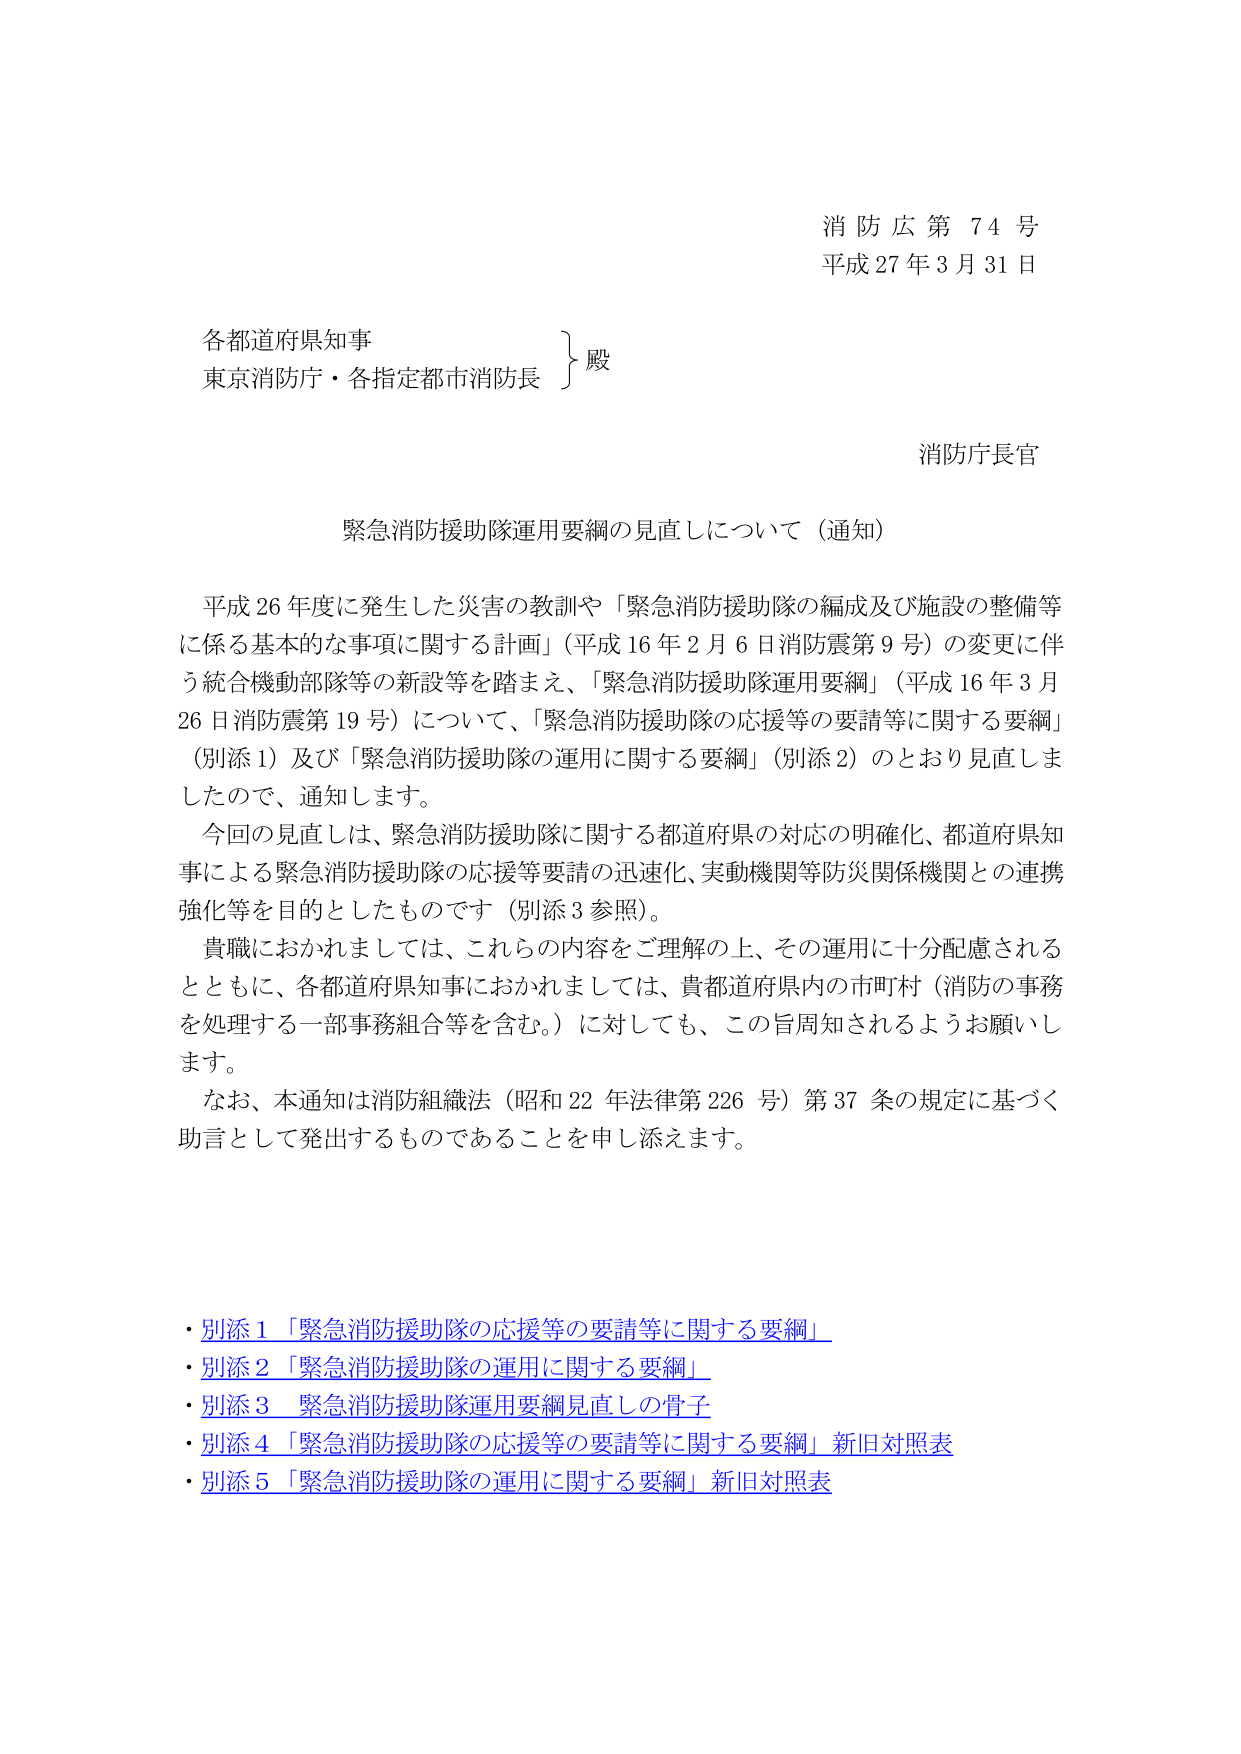
消防広第74号
平成27年3月31日

各都道府県知事
東京消防庁・各指定都市消防長
　　　　　　　　　　　　　　　　　　｝殿

消防庁長官

緊急消防援助隊運用要綱の見直しについて（通知）

平成26年度に発生した災害の教訓や「緊急消防援助隊の編成及び施設の整備等に係る基本的な事項に関する計画」（平成16年2月6日消防震第9号）の変更に伴う統合機動部隊等の新設等を踏まえ、「緊急消防援助隊運用要綱」（平成16年3月26日消防震第19号）について、「緊急消防援助隊の応援等の要請等に関する要綱」（別添1）及び「緊急消防援助隊の運用に関する要綱」（別添2）のとおり見直しましたので、通知します。

今回の見直しは、緊急消防援助隊に関する都道府県の対応の明確化、都道府県知事による緊急消防援助隊の応援等要請の迅速化、実動機関等防災関係機関との連携強化等を目的としたものです（別添3参照）。

貴職におかれましては、これらの内容をご理解の上、その運用に十分配慮されるとともに、各都道府県知事におかれましては、貴都道府県内の市町村（消防の事務を処理する一部事務組合等を含む。）に対しても、この旨周知されるようお願いします。

なお、本通知は消防組織法（昭和22年法律第226号）第37条の規定に基づく助言として発出するものであることを申し添えます。

・別添1「緊急消防援助隊の応援等の要請等に関する要綱」
・別添2「緊急消防援助隊の運用に関する要綱」
・別添3 緊急消防援助隊運用要綱見直しの骨子
・別添4「緊急消防援助隊の応援等の要請等に関する要綱」新旧対照表
・別添5「緊急消防援助隊の運用に関する要綱」新旧対照表